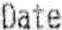
DATE